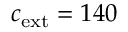
c _ { \mathrm { e x t } } = 1 4 0